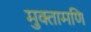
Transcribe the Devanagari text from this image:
मुक्तामणि